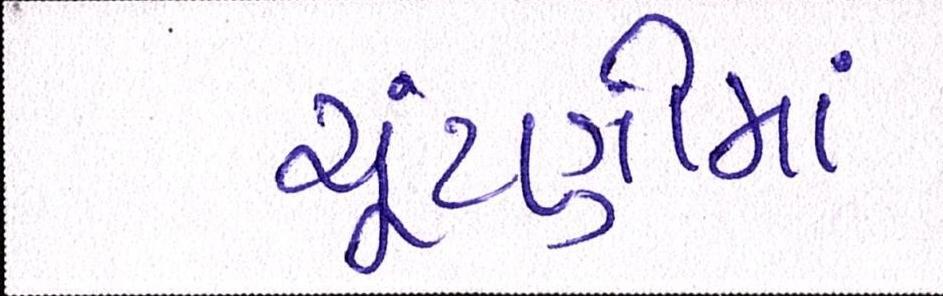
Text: ચૂંટણીમાં